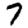
Digit: 7